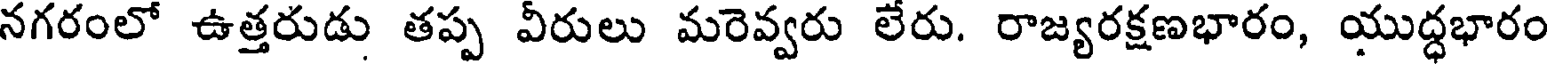
నగరంలో ఉత్తరుడు తప్ప వీరులు మరెవ్వరు లేరు. రాజ్యరక్షణభారం, యుద్ధభారం